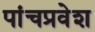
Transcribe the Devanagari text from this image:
पांचप्रवेश